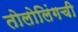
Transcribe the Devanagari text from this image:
तोलोलिंगची